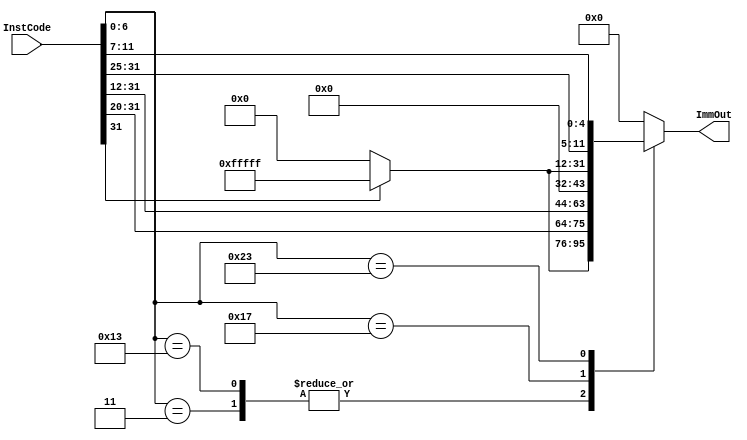
module ImmGen (
InstCode ,
ImmOut
);
input [ 31 : 0 ] InstCode ;
output reg [ 31 : 0 ] ImmOut ;

always @( InstCode )
begin
case ( InstCode [6:0] )
//0x03
7'b0000011 :ImmOut = { InstCode [ 31 ] ? {20{1'b1 }} : 20'b0 , InstCode [ 31 : 20 ] };
//0x93 or 0x13
7'b0010011 :ImmOut = { InstCode [ 31 ] ? {20{1'b1 }} : 20'b0 , InstCode [ 31 : 20 ] };
//0x17
7'b0010111 :ImmOut = { InstCode [ 31 : 12 ] , 12'b0 };
//0x23
7'b0100011 :ImmOut = { InstCode [ 31 ] ? {20{1'b1 }} : 20'b0 , InstCode [ 31 : 25 ] , InstCode [ 11 : 7 ] };
//0x33
//7'b0110011 :ImmOut = { InstCode [ 31 ] ? {20{1'b1 }} : 20'b0 , InstCode [ 31 : 20 ] }; 

default :ImmOut = {32'b0 };
endcase
end
endmodule